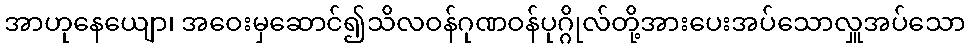
အာဟုနေယျော၊ အဝေးမှဆောင်၍သိလဝန်ဂုဏဝန်ပုဂ္ဂိုလ်တို့အားပေးအပ်သောလှူအပ်သော